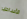
الأساطير